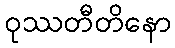
ဝုဿတီတိနော